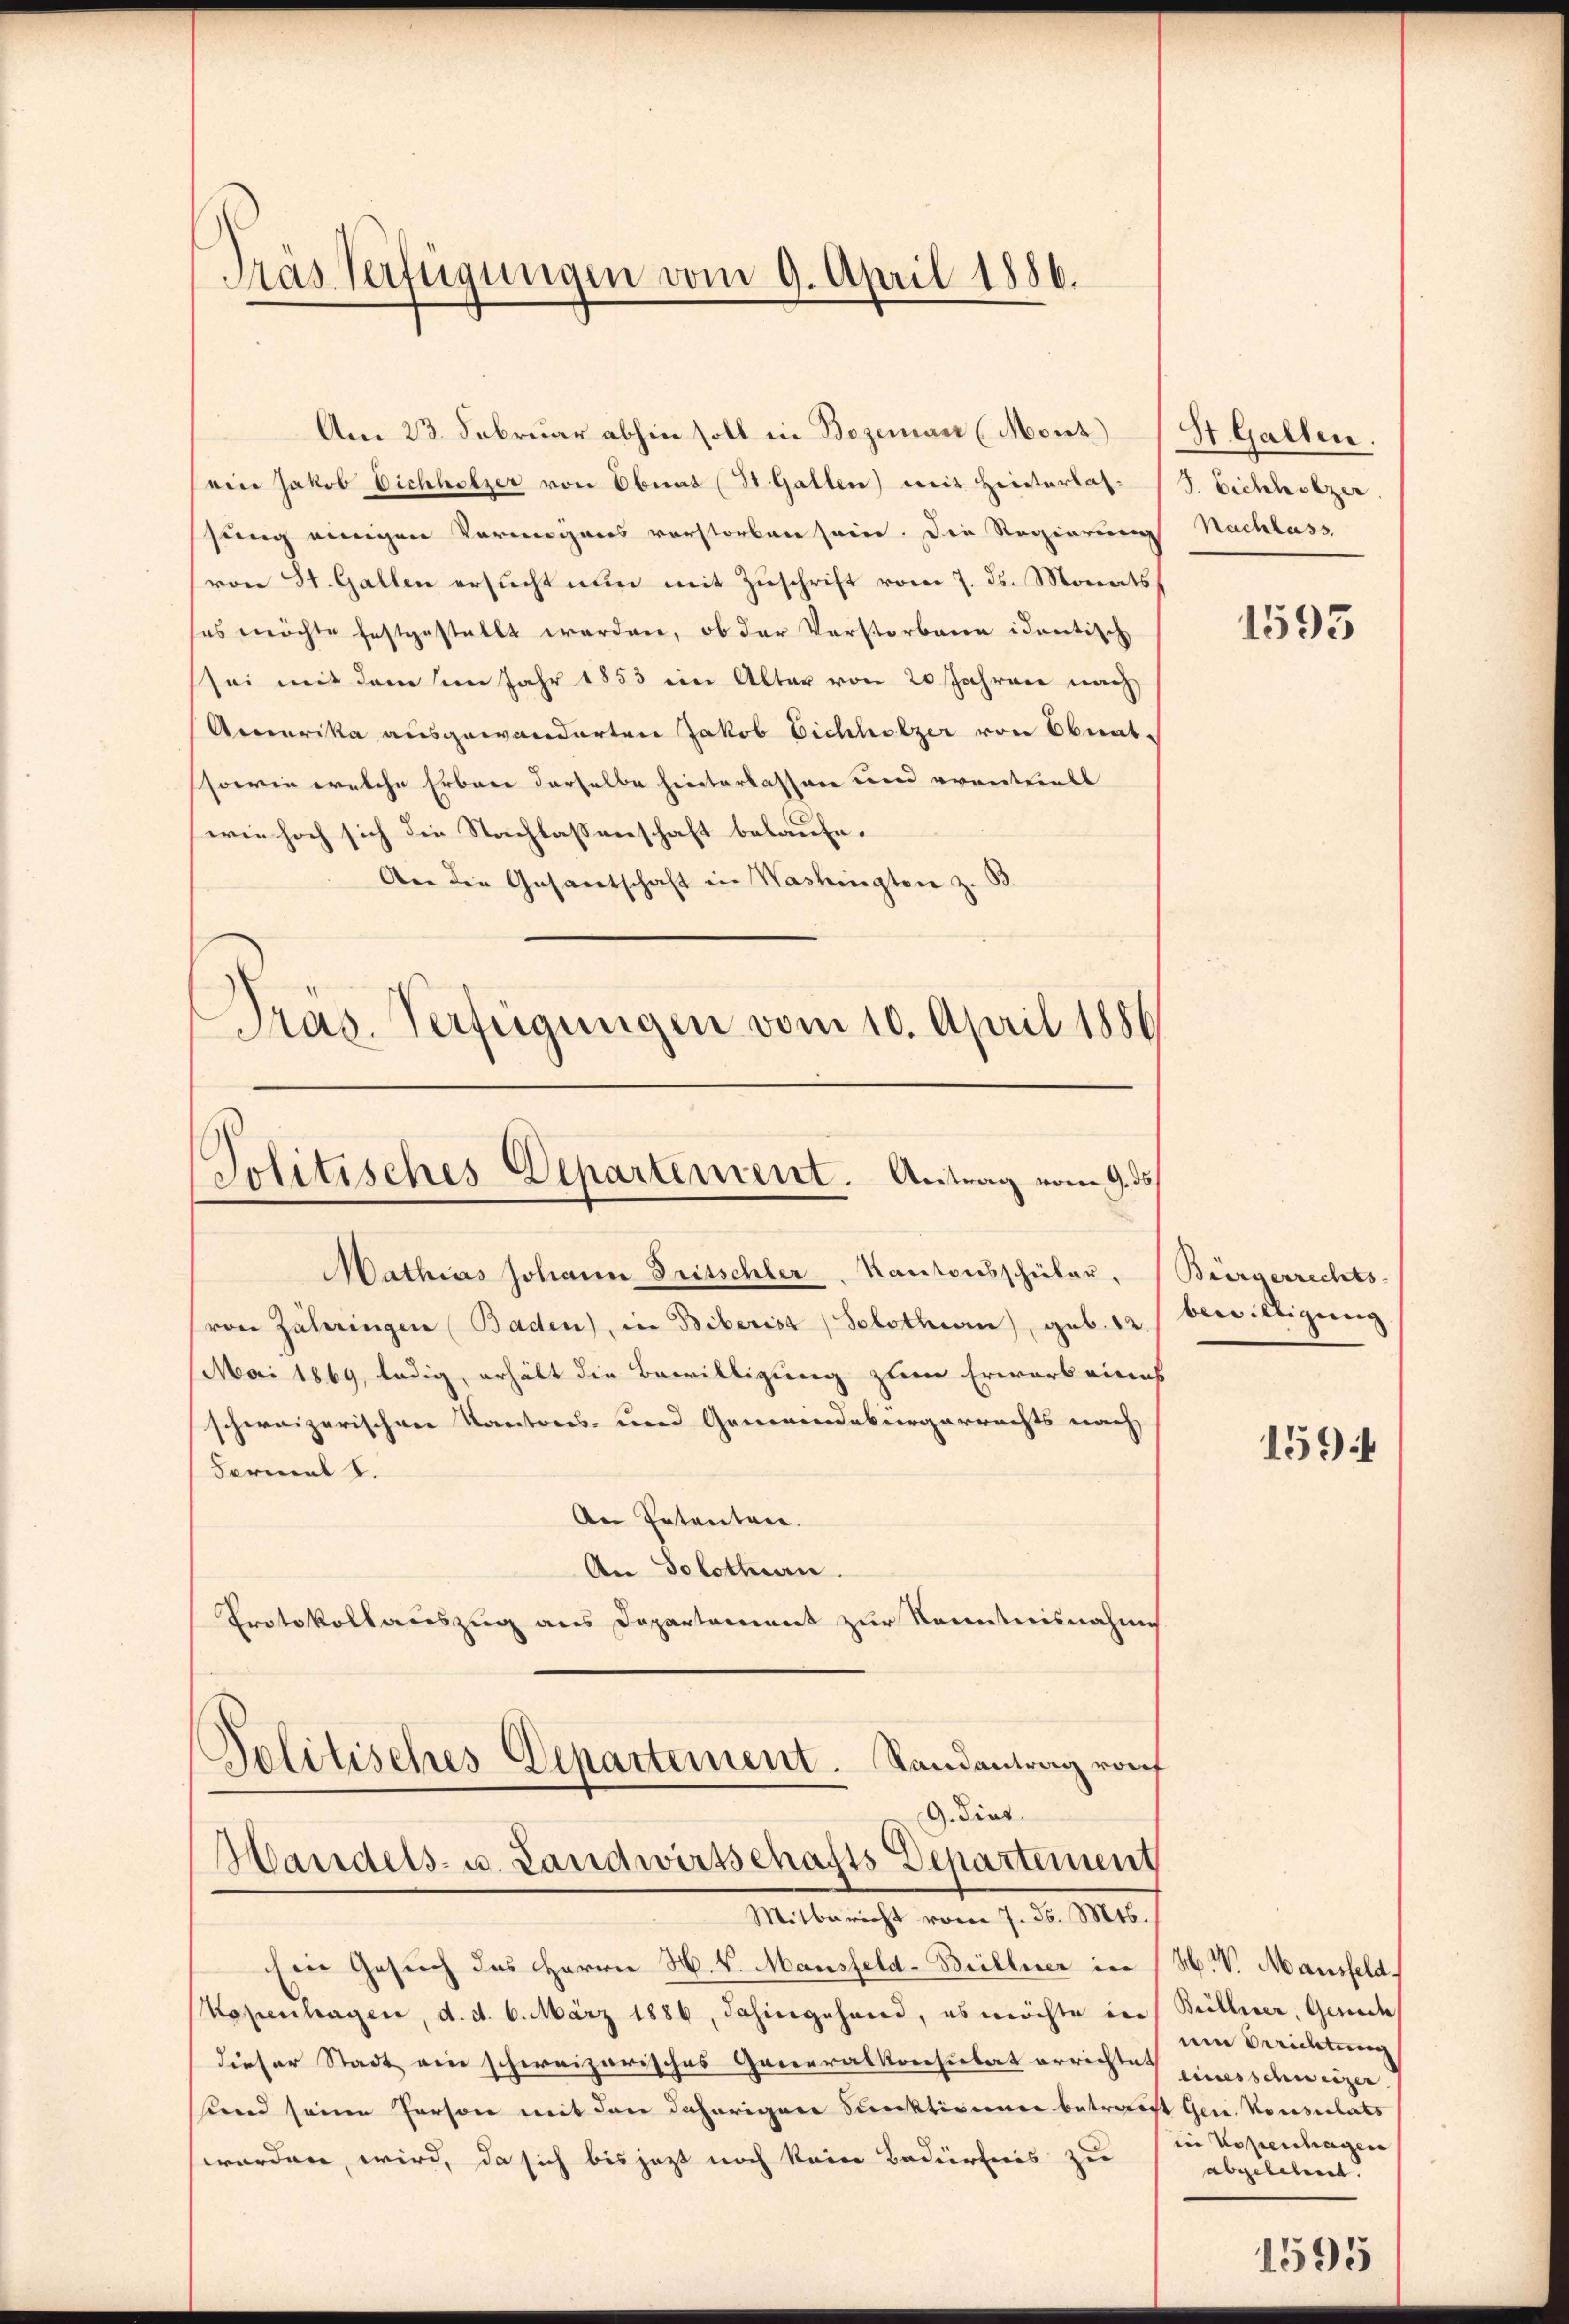
Träs Verfügungen vom 9. April 1886.

Am 23. Februar abhin soll in Bozeman (Mont)
(ein Jakob Dichholzer von Ebnat (St. Gallen) mit Hinterlassung einigen Vermögens vorstorben sein. Die Regierung Nachlass
von St. Gallen ersucht nun mit Zuschrift vom 7. ds. Monats
ses möchte festgestellt werden, ob der Verstorbene identisch
sei mit dem im Jahr 1853 ein Alter von 20 Jahren nach
Amerika ausgewanderten Jakob Eichholzer von Obnat-
sowie welche Erbare derselbe hinterlassen und eranthielt
wie hoch sich die Nachlassenschaft belaufe.
An die Gesamtschaft in Washingten z. B.
Präs. Verfügungen vom 10. April 1886

Politisches Departement. Antrag vom 9. ds.

Mathias Johann Fritschler Kantonsschüler. Bürgerrechts-
von Zähringen (Baden), in Biberist (Solothurn), geb. 12. bewilligung
Mai 1869, ledig, erhält die Bewilligung zum Erwarb eines
schweizerischen Kantons- und Gemeindebürgerrechts nach
Fermal 1.
An Patenten.
An Solothurn.
Protokollauszug aus Departement zur Kenntnisnahme
Politisches Departement. Randantrag von
G. dies

Ein Gesuch das Herrn H. v. Mansfeld-Büllner in (H. V. Mansfeld.
Kopenhagen, d. d. 6. März 1886, dahiergehend, es möchte in Billier, Gerech
dieser Stadt ein schweizerisches Generalkonsiebet errichte eines schweizer.
end seine Person mit den daheriger Funktionner betracht Gen. Konsulats
worden, wird, da sich bis jezt noch kein Bedürfnis zu

Handels- u. Landwirtschafts Departement
Mitbericht vom 7. d. Mts.

St. Gallen.
J. Eichholzer.

1593

1594

um Berichtung
in Kopenhagen
abgelebenet. |

1595